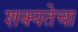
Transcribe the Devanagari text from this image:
शक्यतेचा